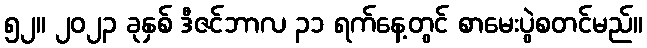
၅၂။ ၂၀၂၃ ခုနှစ် ဒီဇင်ဘာလ ၃၁ ရက်နေ့တွင် စာမေးပွဲစတင်မည်။